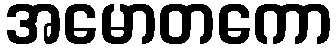
အမောတကော